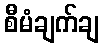
စီမံချက်ချ